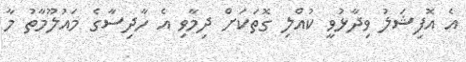
އެ އޮފިޝަލު ވިދާޅުވީ ކުއްލި ގޮތަކަށް ދިމާވި އެ ހާދިސާގެ މައުލޫމާތު މާ